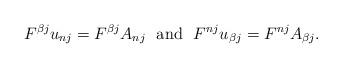
LaTeX: \begin{align*} F^{\beta j}u_{nj} =F^{\beta j}A_{nj}\ \ {\rm and}\ \ F^{nj}u_{\beta j}=F^{nj}A_{\beta j}. \end{align*}